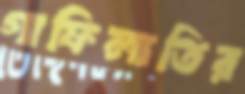
গাফিলাতির